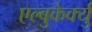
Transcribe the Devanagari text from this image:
एल्बुकेर्क्यु